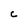
Character: C